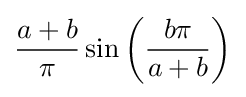
{\frac {a+b}{\pi }}\sin \left({\frac {b\pi }{a+b}}\right)